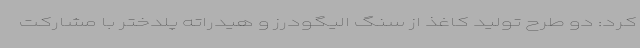
کرد: دو طرح تولید کاغذ از سنگ الیگودرز و هیدراته پلدختر با مشارکت